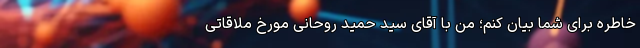
خاطره برای شما بیان کنم؛ من با آقای سید حمید روحانی مورخ ملاقاتی